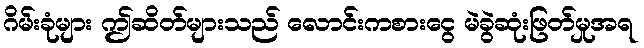
ဂိမ်းခုံများ ဤဆိတ်များသည် လောင်းကစားငွေ မဲခွဲဆုံးဖြတ်မှုအရ